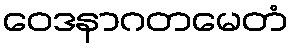
ဝေဒနာဂတမေတံ